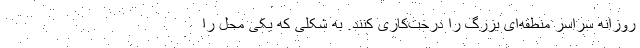
روزانه سراسر منطقه‌ای بزرگ را درخت‌کاری کنند. به شکلی که یکی محل را